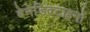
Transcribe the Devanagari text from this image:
बेनेडिक्टाइनों